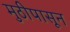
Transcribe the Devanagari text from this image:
मुठीपासून